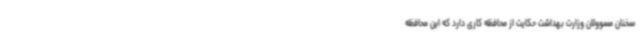
سخنان مسوولان وزارت بهداشت حکایت از محافظه کاری دارد که این محافظه